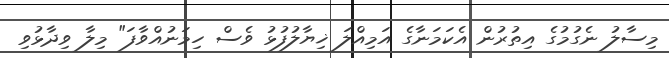
މިސާލު ނެގުމުގެ އިތުރުން އެކަމަނާގެ އަމިއްލަ ޚިޔާލުފުޅު ވެސް ހިމަނުއްވާފަ" މިލާ ވިދާޅުވި